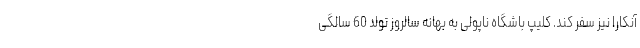
آنکارا نیز سفر کند. کلیپ باشگاه ناپولی به بهانه سالروز تولد 60 سالگی